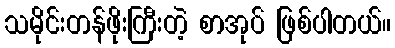
သမိုင်းတန်ဖိုးကြီးတဲ့ စာအုပ် ဖြစ်ပါတယ်။